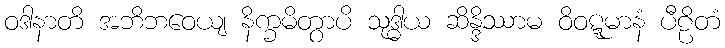
ဝဒါနာတိ အဘိဘဝေယျ နိက္ခမိတွာပိ သုဒ္ဓါယ ဆိန္ဒိဿာမ ဝိဝဋ္ဋမာနံ ပီဠိတံ